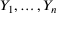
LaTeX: Y _ { 1 } , \dots , Y _ { n }